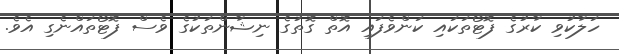
ހަލާކުވި ކާރުގެ ފޮޓޯތަކައި ކަންވެފައި އޮތް ގޮތުގެ ނިޝާންތަކުގެ ވެސް ފޮޓޯތައްނެގި އެވެ.